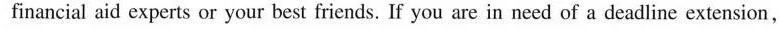
financial aid experts or your best friends. If you are in need of a deadline extension,